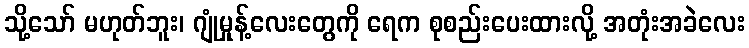
သို့သော် မဟုတ်ဘူး၊ ဂျုံမှုန့်လေးတွေကို ရေက စုစည်းပေးထားလို့ အတုံးအခဲလေး